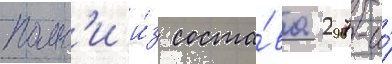
полк'и и́з соста́ва 297-и́